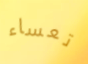
تعساء